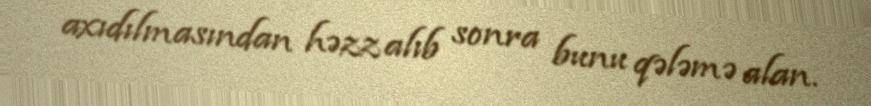
axıdılmasından həzz alıb sonra bunu qələmə alan.